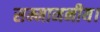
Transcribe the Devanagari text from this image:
सम्माननीय।